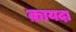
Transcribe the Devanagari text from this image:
क़ायदा